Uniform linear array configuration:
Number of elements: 16
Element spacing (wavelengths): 0.25
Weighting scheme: hann
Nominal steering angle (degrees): -30
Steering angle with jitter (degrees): -31.204
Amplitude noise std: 0.05
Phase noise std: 0.05

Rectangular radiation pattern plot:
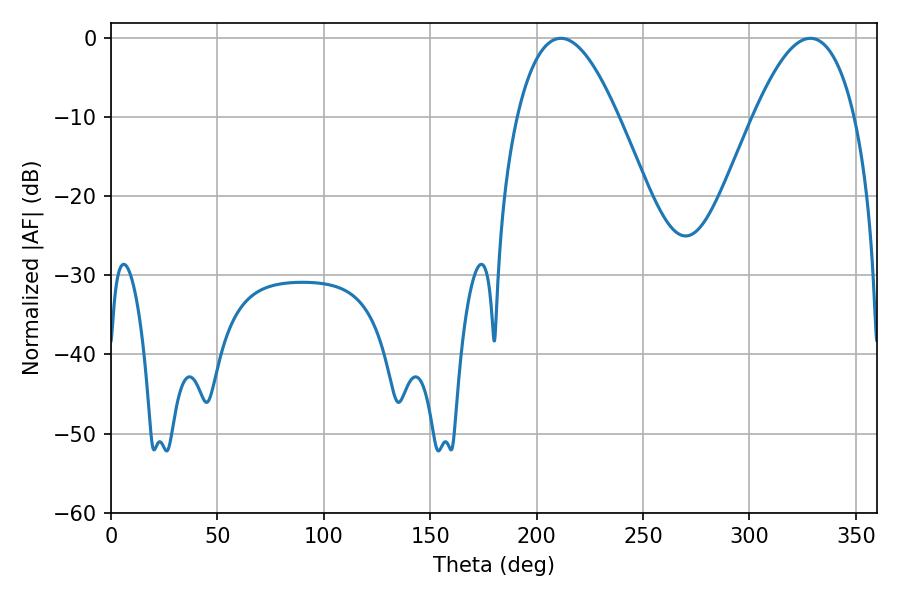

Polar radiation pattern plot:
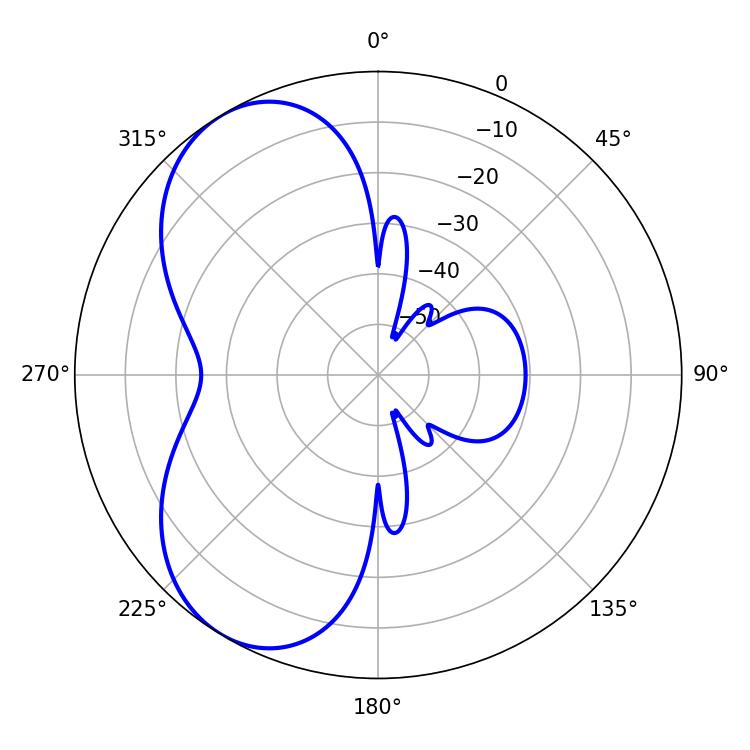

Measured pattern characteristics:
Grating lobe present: FALSE
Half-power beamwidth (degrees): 26.1
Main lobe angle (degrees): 211.32